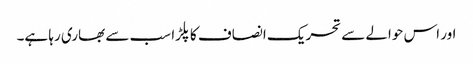
اور اس حوالے سے تحریک انصاف کا پلڑا سب سے بھاری رہا ہے۔